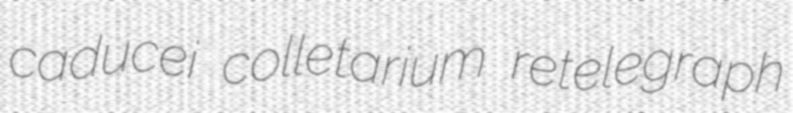
caducei colletarium retelegraph